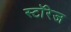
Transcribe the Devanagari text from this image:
स्टॉरेज